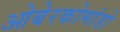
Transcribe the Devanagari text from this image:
ओबेरकोमांडो